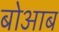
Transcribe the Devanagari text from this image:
बोआब